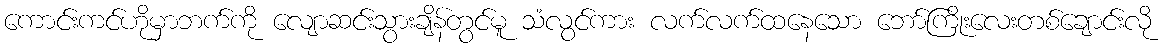
ကောင်းကင်ဟိုမှာဘက်ကို လျောဆင်းသွားချိန်တွင်မူ သံလွင်ကား လက်လက်ထနေသော ဘော်ကြိုးလေးတစ်ချောင်းလို